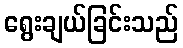
ရွေးချယ်ခြင်းသည်